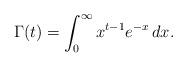
LaTeX: \begin{align*}\Gamma(t)=\int_0^\infty x^{t-1}e^{-x} \, dx.\end{align*}